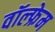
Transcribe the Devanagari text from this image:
वॉल्फ्रेम